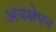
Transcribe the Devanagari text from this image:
अवक्षेपन